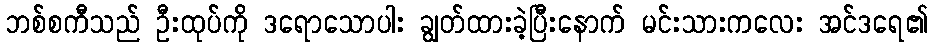
ဘစ်စကီသည် ဦးထုပ်ကို ဒရောသောပါး ချွတ်ထားခဲ့ပြီးနောက် မင်းသားကလေး အင်ဒရေ၏